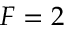
F = 2